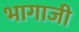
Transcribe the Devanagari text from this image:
भागाजी